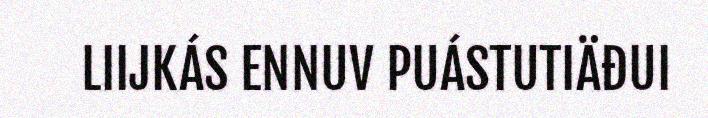
LIIJKÁS ENNUV PUÁSTUTIÄĐUI